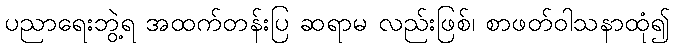
ပညာရေးဘွဲ့ရ အထက်တန်းပြ ဆရာမ လည်းဖြစ်၊ စာဖတ်ဝါသနာထုံ၍